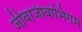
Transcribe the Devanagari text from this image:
जीवाजीवाभिगम